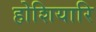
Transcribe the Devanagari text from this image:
होशियारि